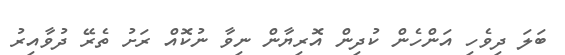
ބަލަ ދިވެހި އަންހެން ކުދިން އޮރިޔާން ނިވާ ނުކޮއް ރަށު ތެރޭ ދުވާއިރު